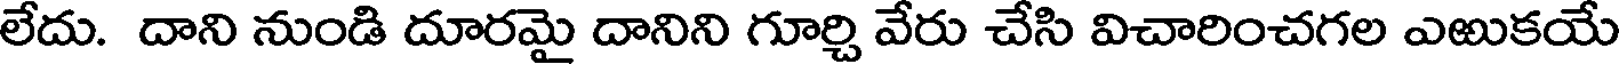
లేదు. దాని నుండి దూరమై దానిని గూర్చి వేరు చేసి విచారించగల ఎఱుకయే